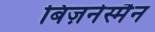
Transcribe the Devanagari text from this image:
बिज़नेस्मैन